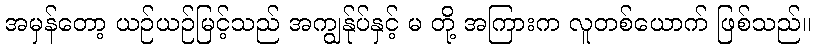
အမှန်တော့ ယဉ်ယဉ်မြင့်သည် အကျွန်ုပ်နှင့် မ တို့ အကြားက လူတစ်ယောက် ဖြစ်သည်။